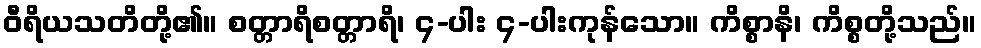
ဝီရိယသတိတို့၏။ စတ္တာရိစတ္တာရိ၊ ၄-ပါး ၄-ပါးကုန်သော။ ကိစ္စာနိ၊ ကိစ္စတို့သည်။